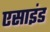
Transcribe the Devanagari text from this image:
एसाइंड